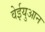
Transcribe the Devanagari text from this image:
वेईयुआन